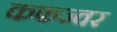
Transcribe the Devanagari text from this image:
कफज्वर